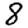
Digit: 8